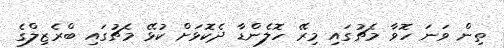
ތިން ވަނަ ހޮވާ މެޗުގައި މިރޭ ހޮލެންޑާ ދެކޮޅަށް ކުޅޭ މެޗުގައި ބްރެޒިލްގެ